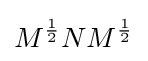
M^{\frac {1}{2}}NM^{\frac {1}{2}}